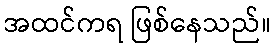
အထင်ကရ ဖြစ်နေသည်။